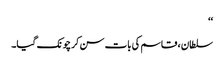
‘‘
سلطان ، قاسم کی بات سن کر چونک گیا۔